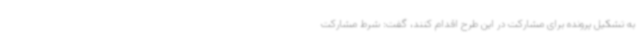
به تشکیل پرونده برای مشارکت در این طرح اقدام کنند، گفت: شرط مشارکت